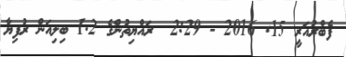
ފެބްރުއަރީ 15